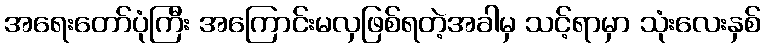
အရေးတော်ပုံကြီး အကြောင်းမလှဖြစ်ရတဲ့အခါမှ သင့်ရာမှာ သုံးလေးနှစ်